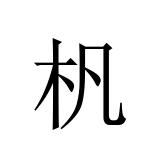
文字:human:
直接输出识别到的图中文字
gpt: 杋